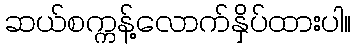
ဆယ်စက္ကန့်လောက်နှိပ်ထားပါ။